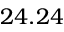
2 4 . 2 4